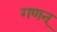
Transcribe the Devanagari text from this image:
गणन्